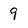
Character: 9